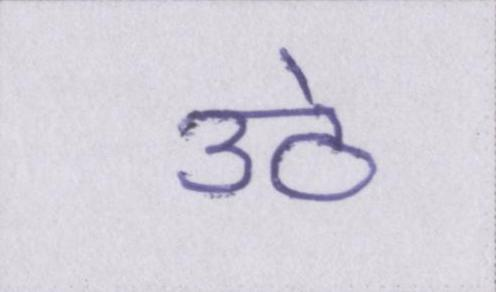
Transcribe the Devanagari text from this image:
उठे